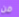
من